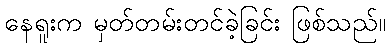
နေရူးက မှတ်တမ်းတင်ခဲ့ခြင်း ဖြစ်သည်။